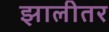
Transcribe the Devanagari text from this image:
झालीतर